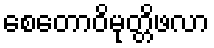
စေတောဝိမုတ္တိဖလာ